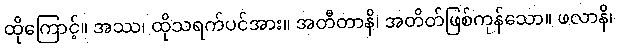
ထိုကြောင့်။ အဿ၊ ထိုသရက်ပင်အား။ အတီတာနိ၊ အတိတ်ဖြစ်ကုန်သော။ ဖလာနိ၊